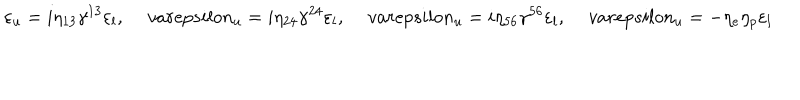
\varepsilon _ { u } = i \eta _ { 1 3 } \gamma ^ { 1 3 } \varepsilon _ { l } , \, v a r e p s i l o n _ { u } = i \eta _ { 2 4 } \gamma ^ { 2 4 } \varepsilon _ { l } , \, v a r e p s i l o n _ { u } = i \eta _ { 5 6 } \gamma ^ { 5 6 } \varepsilon _ { l } , \, v a r e p s i l o n _ { u } = - \eta _ { e } \eta _ { p } \varepsilon _ { l }